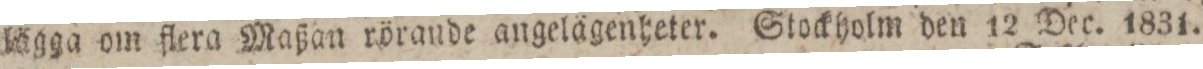
lägga om flera Maßan rörande angelägenheter. Stockholm den 12 Dec. 1831.